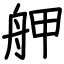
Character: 舺